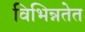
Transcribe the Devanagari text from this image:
विभिन्नतेत